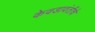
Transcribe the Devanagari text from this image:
केवडावंतीचे